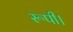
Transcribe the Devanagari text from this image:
रूपी।